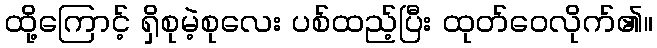
ထို့ကြောင့် ရှိစုမဲ့စုလေး ပစ်ထည့်ပြီး ထုတ်ဝေလိုက်၏။